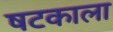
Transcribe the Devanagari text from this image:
षटकाला